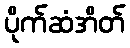
ပိုက်ဆံအိတ်